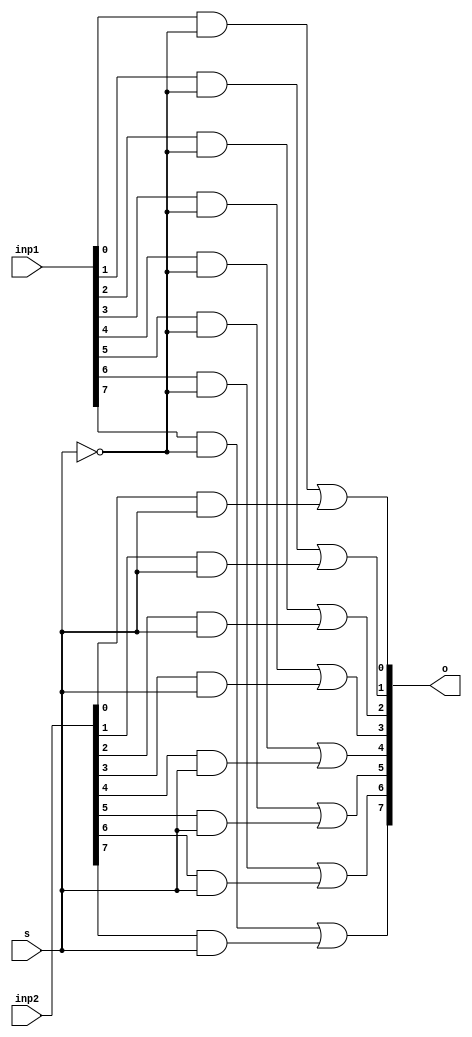
`timescale 1ns/1ps
module m2to18(
    input wire[7:0] inp1,
    input wire [7:0] inp2,
    input wire s,
    output wire[7:0] o

);
wire[7:0] p;
wire [7:0] q;
wire nots;
not not1(nots,s);
and j0(p[0],inp1[0],nots);
and k0(q[0],inp2[0],s);
or l0(o[0],p[0],q[0]);
and j1(p[1],inp1[1],nots);
and k1(q[1],inp2[1],s);
or l1(o[1],p[1],q[1]);
and j2(p[2],inp1[2],nots);
and k2(q[2],inp2[2],s);
or l2(o[2],p[2],q[2]);
and j3(p[3],inp1[3],nots);
and k3(q[3],inp2[3],s);
or l3(o[3],p[3],q[3]);
and j4(p[4],inp1[4],nots);
and k4(q[4],inp2[4],s);
or l4(o[4],p[4],q[4]);
and j5(p[5],inp1[5],nots);
and k5(q[5],inp2[5],s);
or l5(o[5],p[5],q[5]);
and j6(p[6],inp1[6],nots);
and k6(q[6],inp2[6],s);
or l6(o[6],p[6],q[6]);
and j7(p[7],inp1[7],nots);
and k7(q[7],inp2[7],s);
or l7(o[7],p[7],q[7]);
endmodule